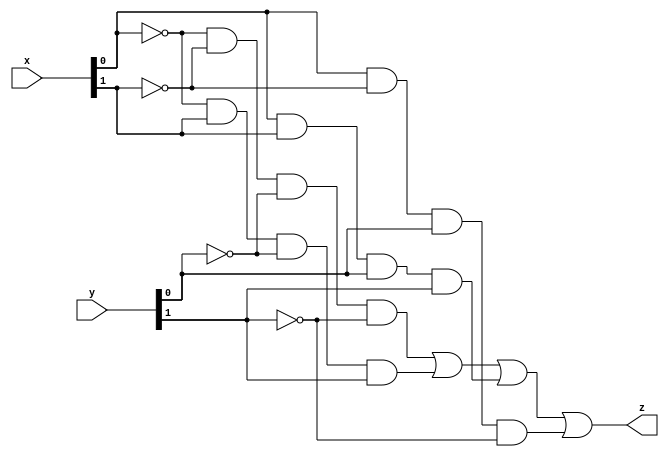
// 2-bit comparator

module comp20 (
    input [1:0]x,
    input [1:0]y,
    output z);

assign z = ( ~x[0] & ~x[1] & ~y[0] & ~y[1] ) | 
            ( ~x[0] & x[1] & ~y[0] & y[1] ) |
            ( x[0] & x[1] & y[0] & y[1] ) |
            ( x[0] & ~x[1] & y[0] & ~y[1] );

endmodule